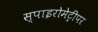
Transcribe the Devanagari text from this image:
स्पाइरोमेट्रीपर